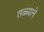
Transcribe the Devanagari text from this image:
तळ्याने